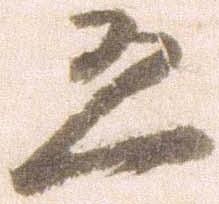
恐